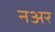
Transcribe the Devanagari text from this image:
नअर